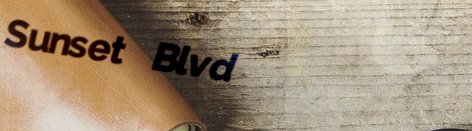
Sunset Blvd